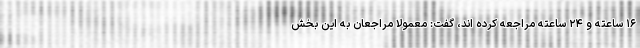
۱۶ ساعته و ۲۴ ساعته مراجعه کرده اند، گفت: معمولا مراجعان به این بخش